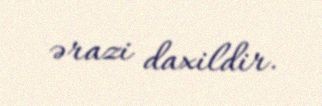
ərazi daxildir.